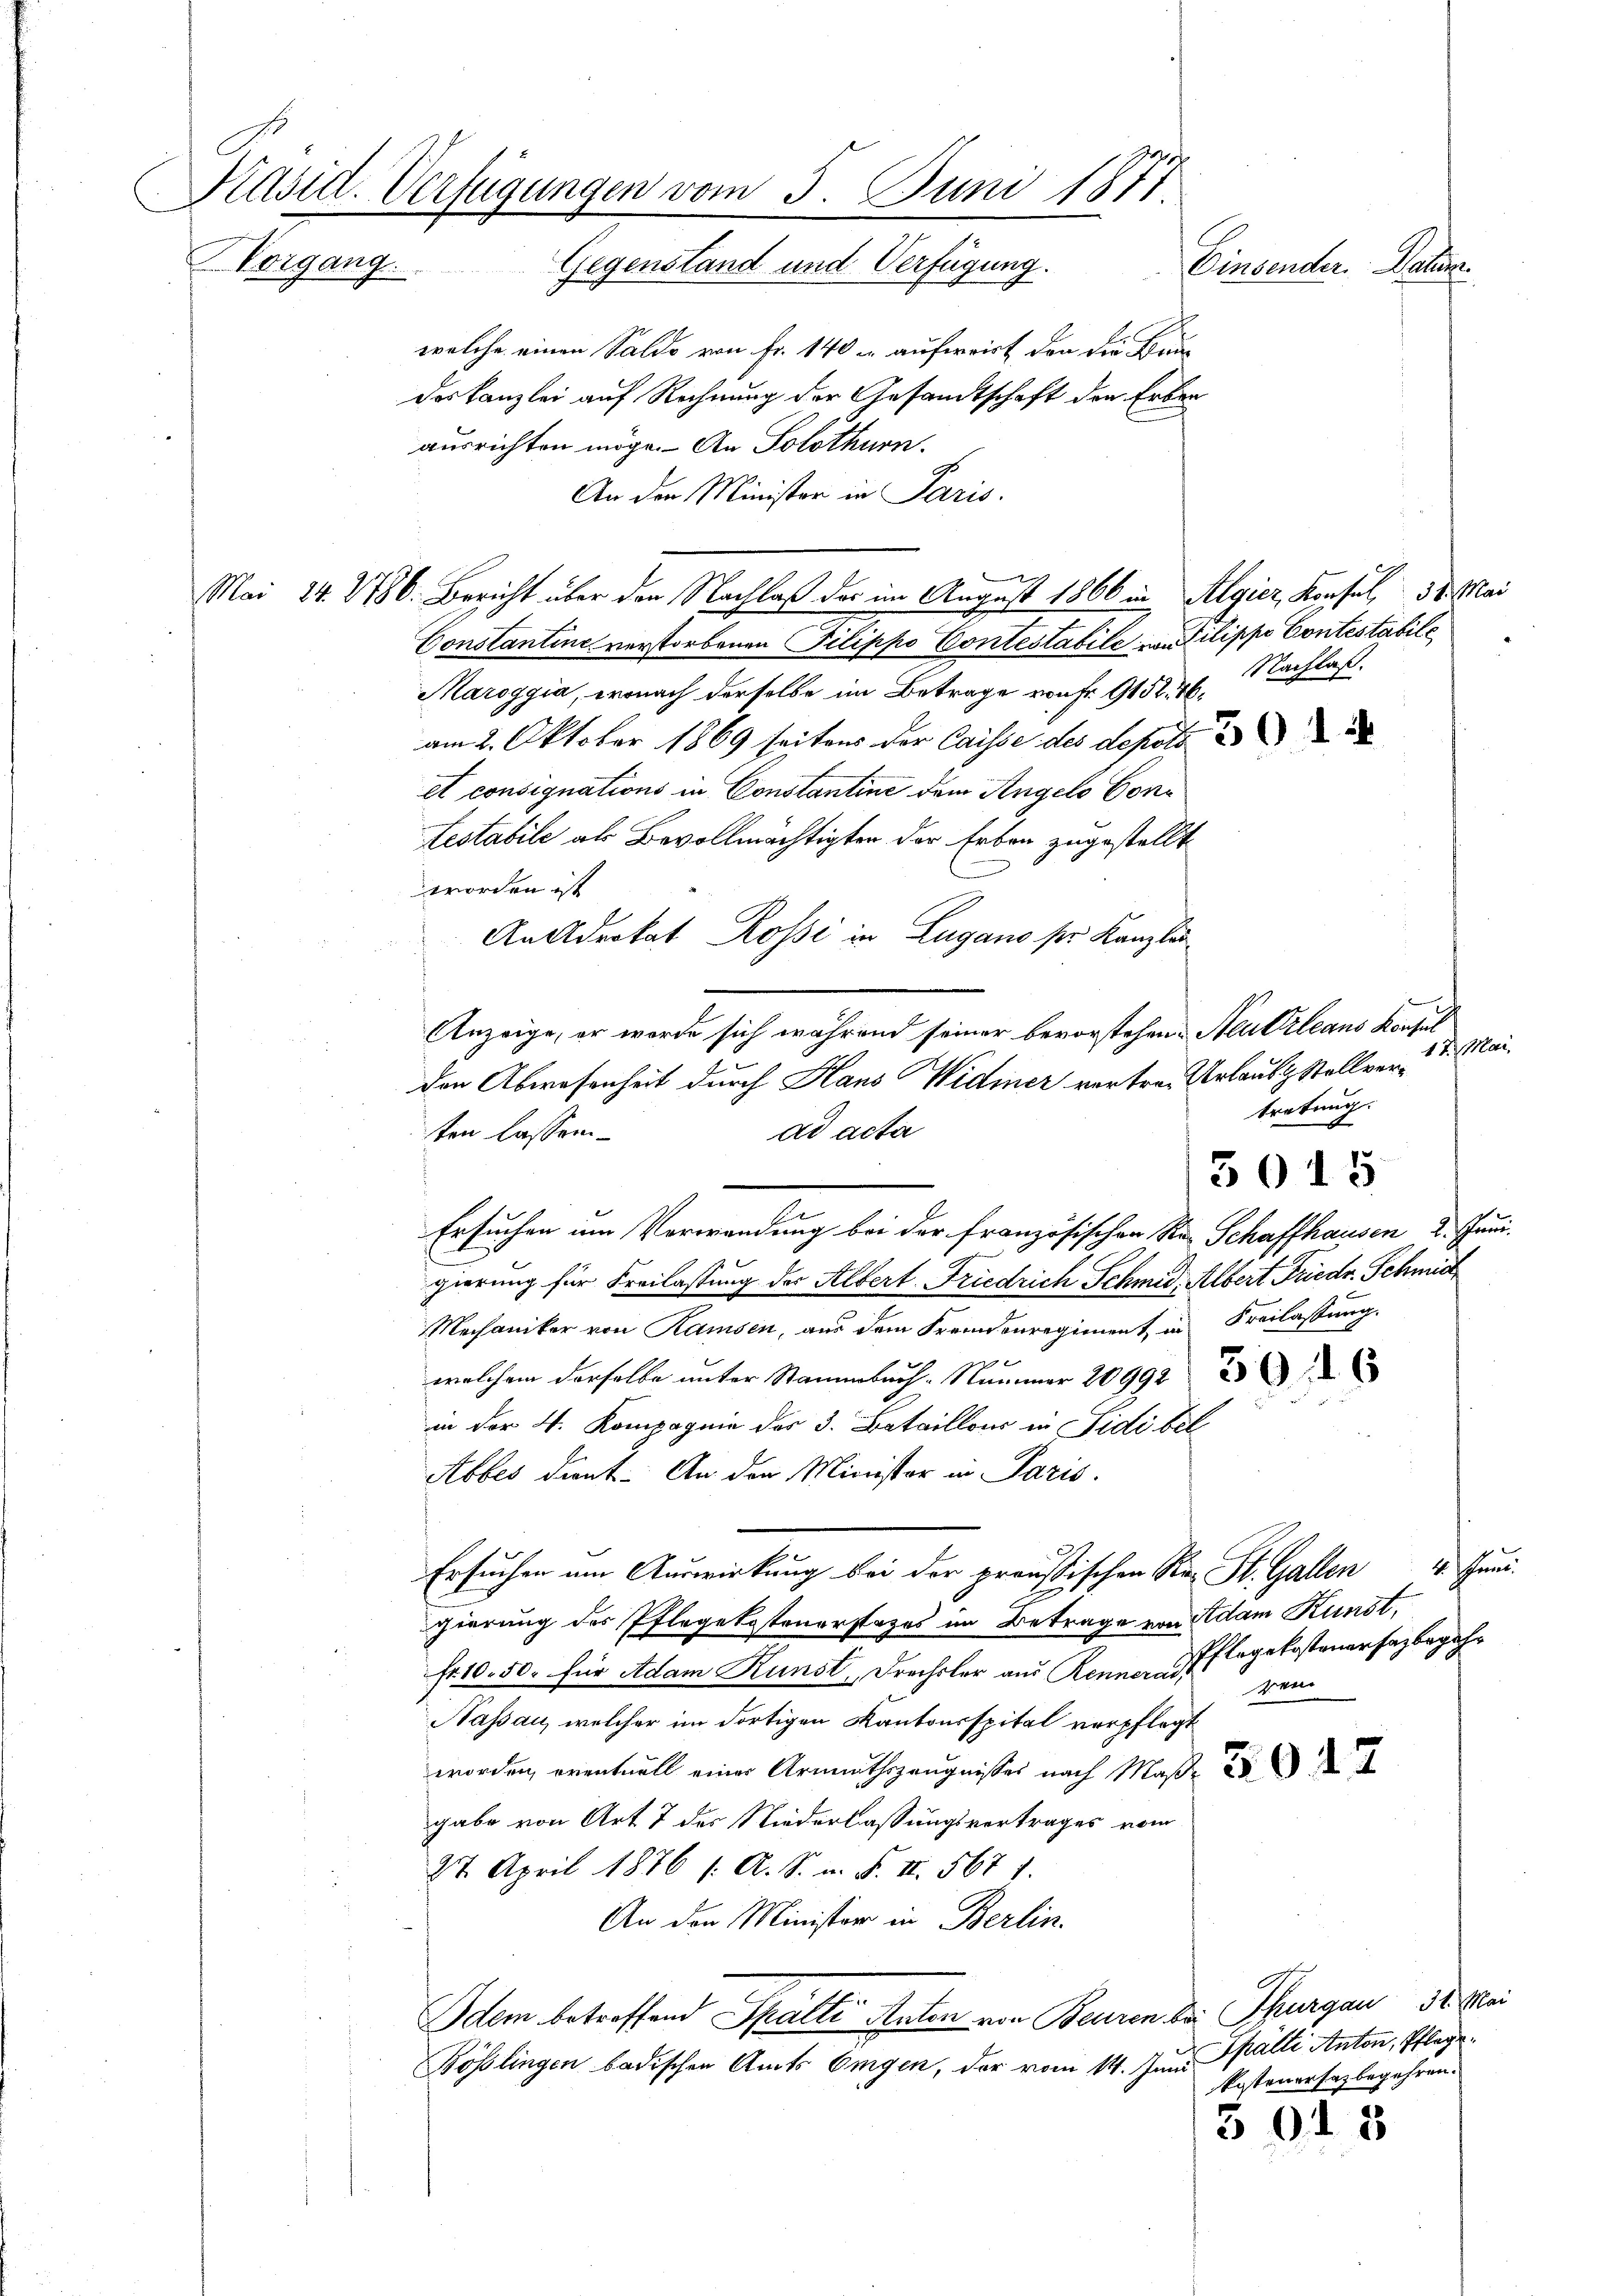
Präsid. Verfügungen vom 5. Juni 1871.
.
NVorgang. Gegenstand und Verfügung.
Einsender. Daher
welche einen Saldo von Fr. 140 u auferirt, den die Bau¬

des Kanzlei auf Rechnung der Gesamtschaft den Erben
ausrichten möge. An Solothurn.
1
An den Minister in Paris.
Mai 24. 1786. Bericht über den Nachlaß der im August 1866 in Algier, Konsul 30. Mai
Constantine verstorbenen Pilippo Contestabile von Pilippo Contestabile
Maroggia, wonach derselbe im Betrage von Fr. 915
am 2. Oktober 1869 seitens der Caisse des depots
et consignations in Constantine dem Angelo Con¬
Lestabile als Bevollmächtigten der Erben zugestellt
worden ist
An Advokat Rossi in Lugano ser Kanzli¬
Anzeige, er werde sich während seiner bevorstehen. Neutzzleans Konsul
den Abwesenheit durch Hans Widmer vertren Urlaubt Stellverten lassen.
ad acta
Ersuchen um Verwendung bei der französischen Ster Schaffhausen 2. Juni.
gierung für Freilassung der Albert Friedrich Schmid, Albert Friedr. Schmid
Mechaniker von Ramsen, aus dem Fremdenregiment in Freilassung.
welchem derselbe unter Stammbach: Nummer 20991 2
in der 4. Kompagnie der 3. Bataillons in Fidi bel
Abbes dient. An der Minister in Paris.
Ersuchen am Auswirkung bei der preußischen Re- St. Gallen
gierung des Pflegekostenerstates im Betrage von Adam Kunst,
Pflegekostenersagbegehr
fr. 10. 50. für Adam Kunst, Drechsler aus Rennerade ren
Nassau, welcher im dortigen Kantonsspital verpflegt
worden, eventuell einer Armuthszeugnisses nach Maße
gabe von Art 7 des Niederlassungsvertrages vom
27. April 1876 /: A. S. n. F. II 567 f.
An den Minister in Berlin.
Idem betreffend Spalte Anton von Beuren die Thurgau 32. Frei
Bösslingen badischen Amts Eigen, der vom 14. Juni alle Anton, Pflege
kostenersagbegehren.
301 8

Nachlaß.

30 15

17. Mai.
tretung.

2. Gener.